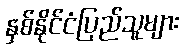
နှစ်နိုင်ငံပြည်သူများ